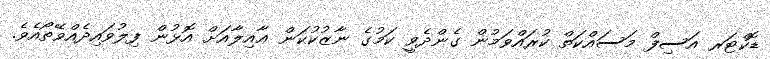
ޑޮކްޓަރ އަސިފް މަސައްކަތް ކުރައްވަމުން ގެންދެވީ ކަމުގެ ނާޒުކުކަން ޢާއިލާއަށް އޮޅުން ފިލުވައިދެއްވޭތޯއެވެ.